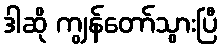
ဒါဆို ကျွန်တော်သွားပြီ